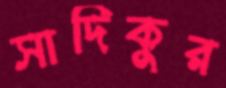
সাদিকুর